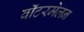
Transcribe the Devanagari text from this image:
वॉटरमेलन